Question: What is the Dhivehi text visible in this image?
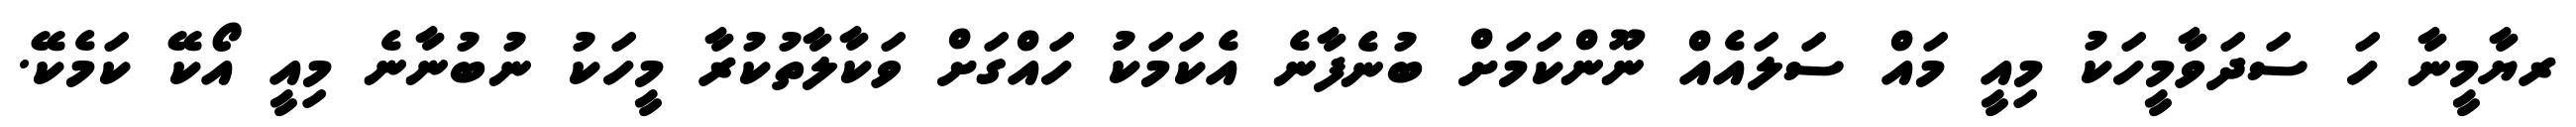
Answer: ރޔާމީނާ ހަ ސަދަވާމީހަކު މިއީ މައް ސަލައެއް ނޫންކަމަށް ބުނެފާނެ އެކަމަކު ހައްގަށް ވަކާލާތުކުރާ މީހަކު ނުބުނާނެ މިއީ އޯކޭ ކަމެކޭ.